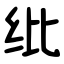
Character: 纰